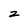
Character: z